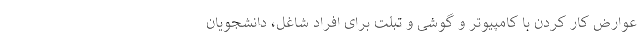
عوارض کار کردن با کامپیوتر و گوشی و تبلت برای افراد شاغل، دانشجویان